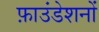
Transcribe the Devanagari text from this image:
फ़ाउंडेशनों